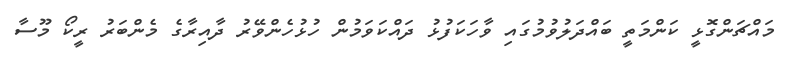
މައްޗަންގޮޅީ ކަންމަތީ ބައްދަލުވުމުގައި ވާހަކަފުޅު ދައްކަވަމުން ހުޅުހެންވޭރު ދާއިރާގެ މެންބަރު ރީކޯ މޫސާ